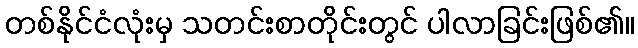
တစ်နိုင်ငံလုံးမှ သတင်းစာတိုင်းတွင် ပါလာခြင်းဖြစ်၏။